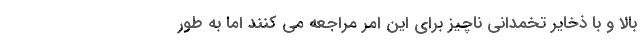
بالا و با ذخایر تخمدانی ناچیز برای این امر مراجعه می کنند اما به طور